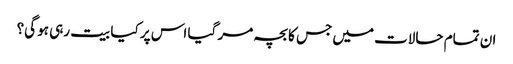
ان تمام حالات میں جس کا بچہ مر گیا اس پر کیا بیت رہی ہو گی؟